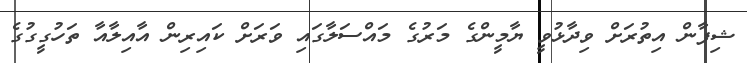
ޝިފާން އިތުރަށް ވިދާޅުވީ ޔާމީންގެ މަރުގެ މައްސަލާގައި ވަރަށް ކައިރިން އާއިލާއާ ތަހުގީގުގެ